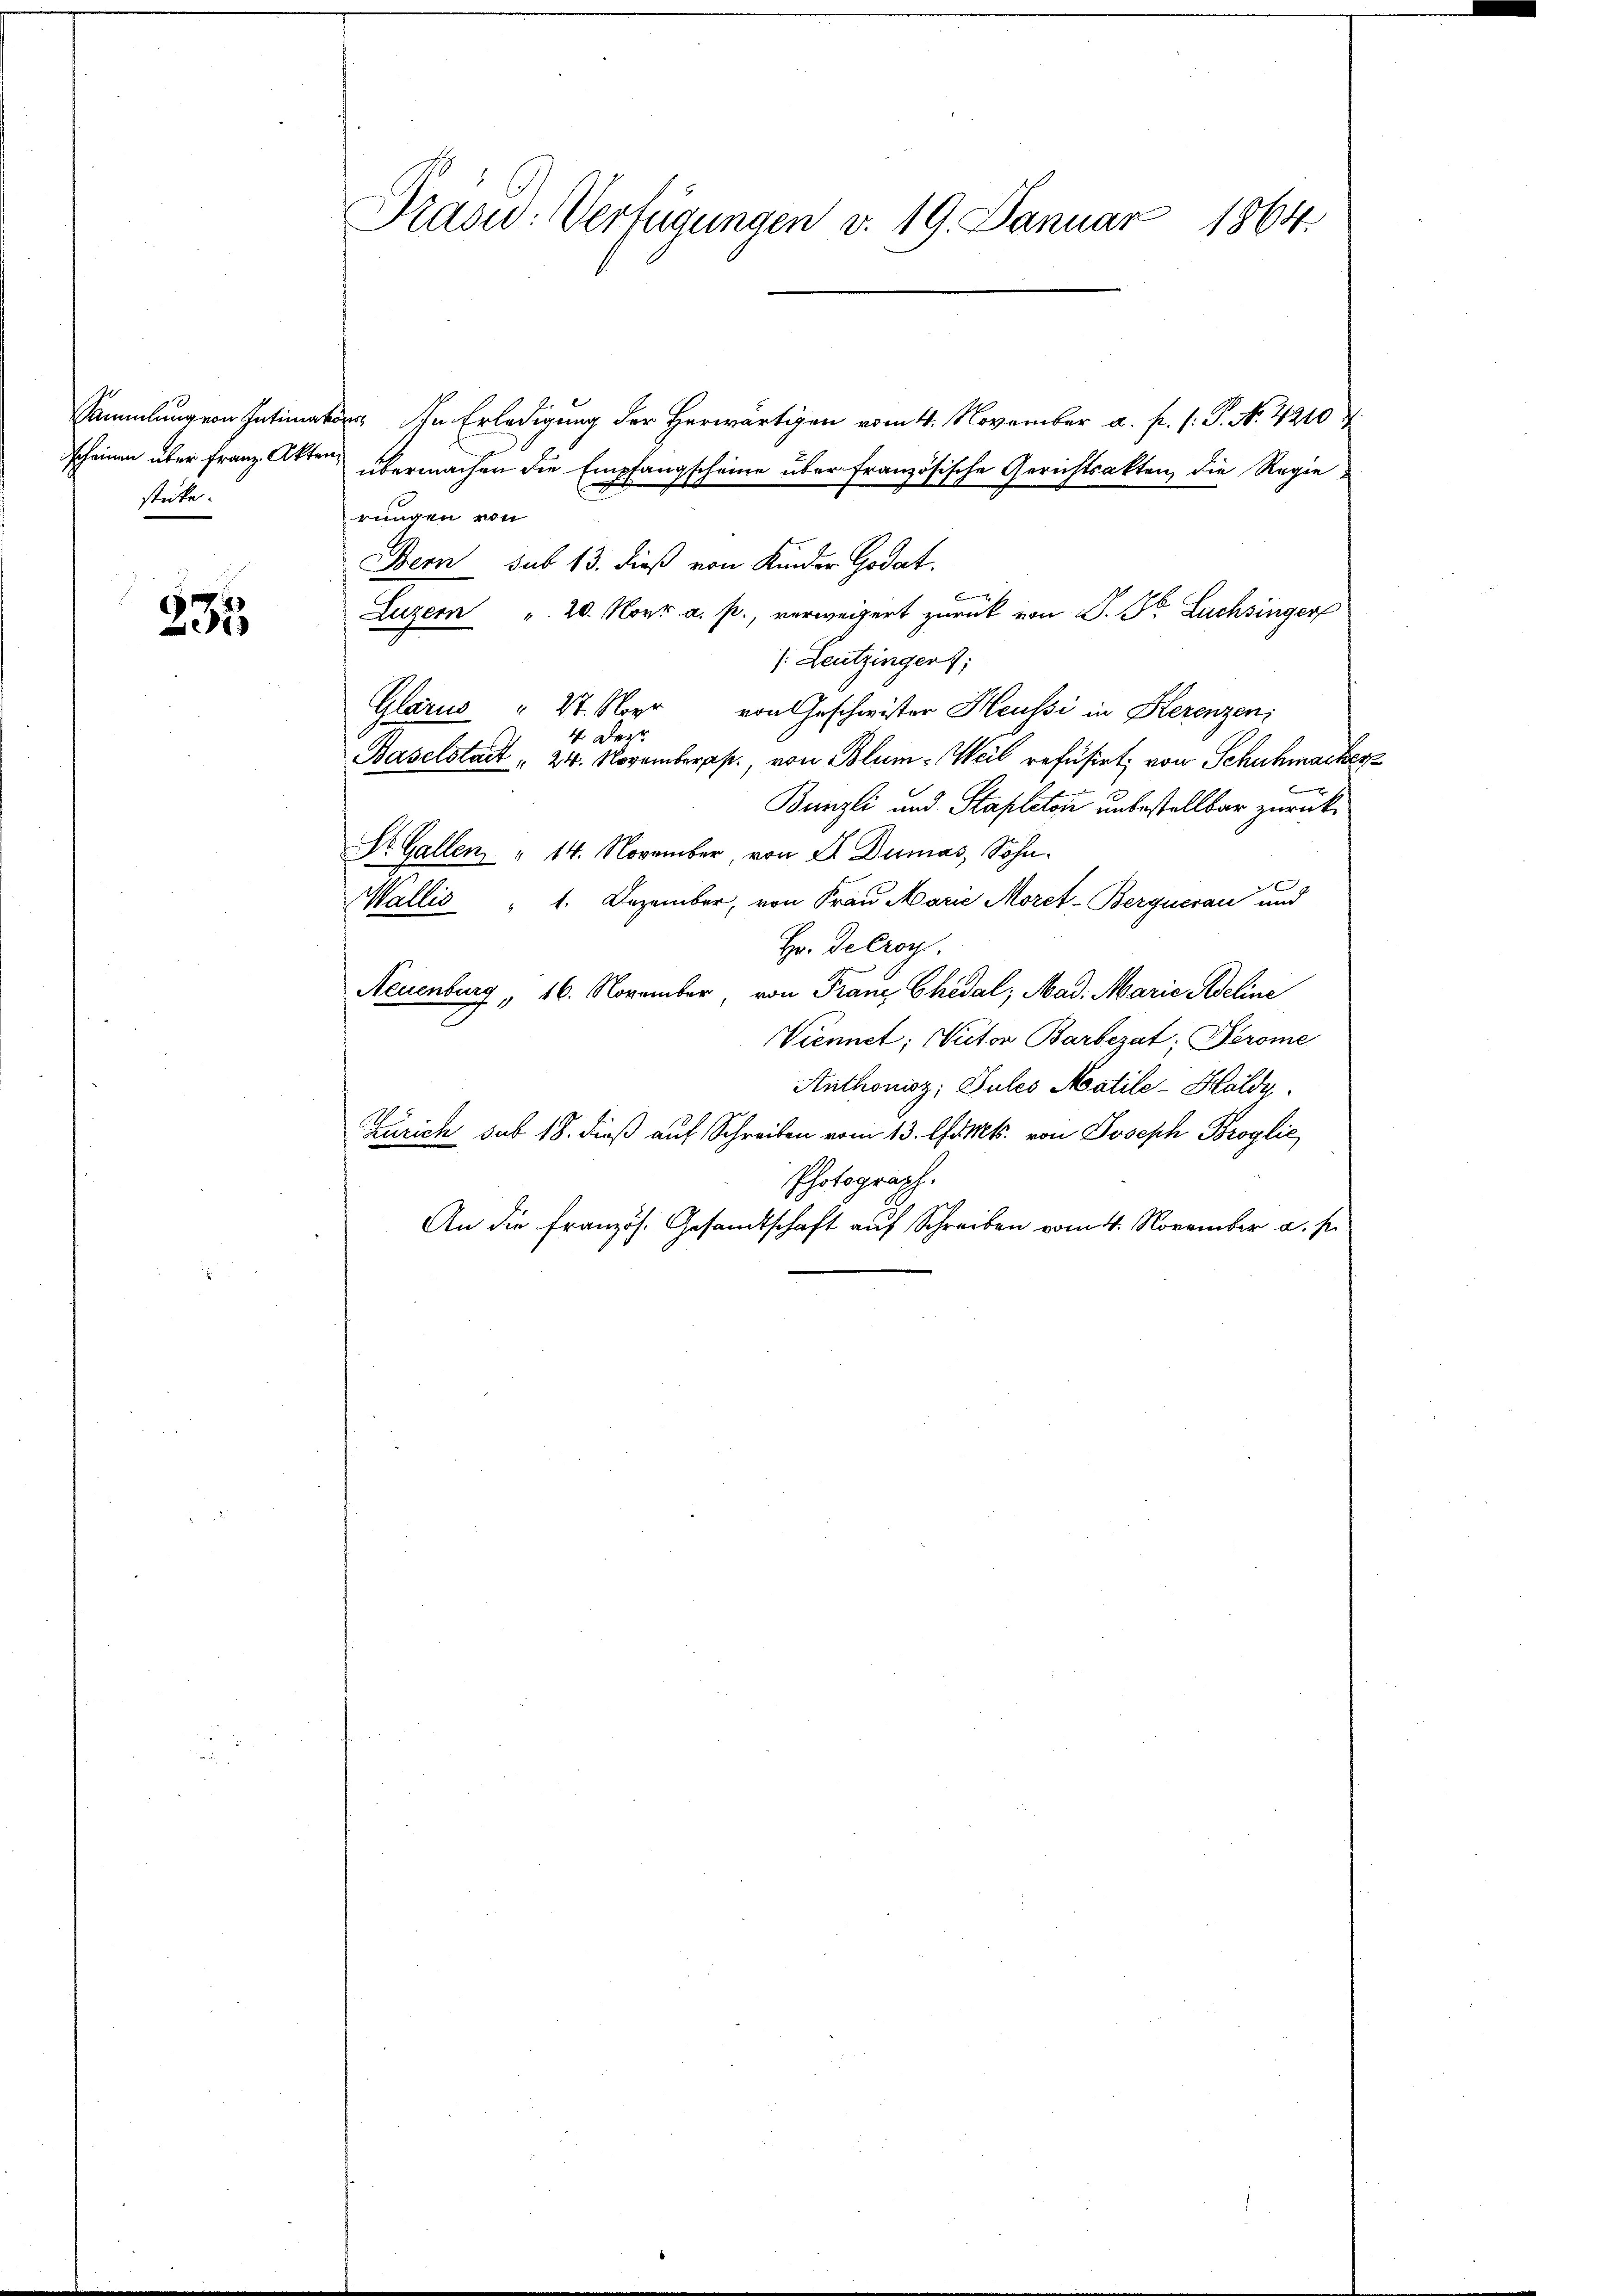
stücke.

1
2

Präsid.: Verfügungen v. 19. Januar 1864.

Sammlung von Intimat. In Erledigung der Herwärtigen vom 4. November a. p. (: P. N. 4210
scheinen über Franz Akten übermachen die Empfangscheine über französische Gerichtsakten, die Regierungen von
Bern sub 13. dieß von Kinder Godat.
C
Luzern " 20. Nov. a. p., verweigert zurück von P. Dr. Luchsinger
/: Leutzingen;
Glarus " 21. Novr von Geschwister Heussi in Herenzen;
4. Deze
Baselstadt " 24. Novemberp., von Blum- Weil refüsirt; von Schuhmacker
b
Bünzli und Stapleton unbestellbar zurück¬
Dr. Gallen " 14. November, von Sr Dumas, Sohn¬
Wallis " 1. Dezember, von Frau Marie Moret-Berguerau und
Hr. Decroy.
Neuenburg, 16. November, von Franz Chedal, Mad. Marie Adeline
2
Viennet; Nitor Barbezat; Perome
Anthonisz; Pules Matile-Haldy.
Zürich sub 18. dieß auf Schreiben vom 13. litt. von Joseph Broglic
Photograph.
An die Französ. Gesandtschaft auf Schreiben vom 4. November a. s.